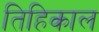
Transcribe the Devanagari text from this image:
तिहिकाल